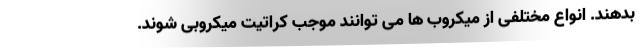
بدهند. انواع مختلفی از میکروب ها می توانند موجب کراتیت میکروبی شوند.